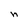
Character: n